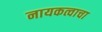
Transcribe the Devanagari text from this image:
नायकत्वाचा